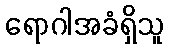
ရောဂါအခံရှိသူ